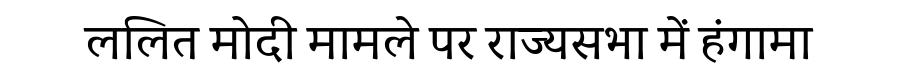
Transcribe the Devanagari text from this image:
ललित मोदी मामले पर राज्यसभा में हंगामा